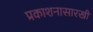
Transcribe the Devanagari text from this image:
प्रकाशनासारखी